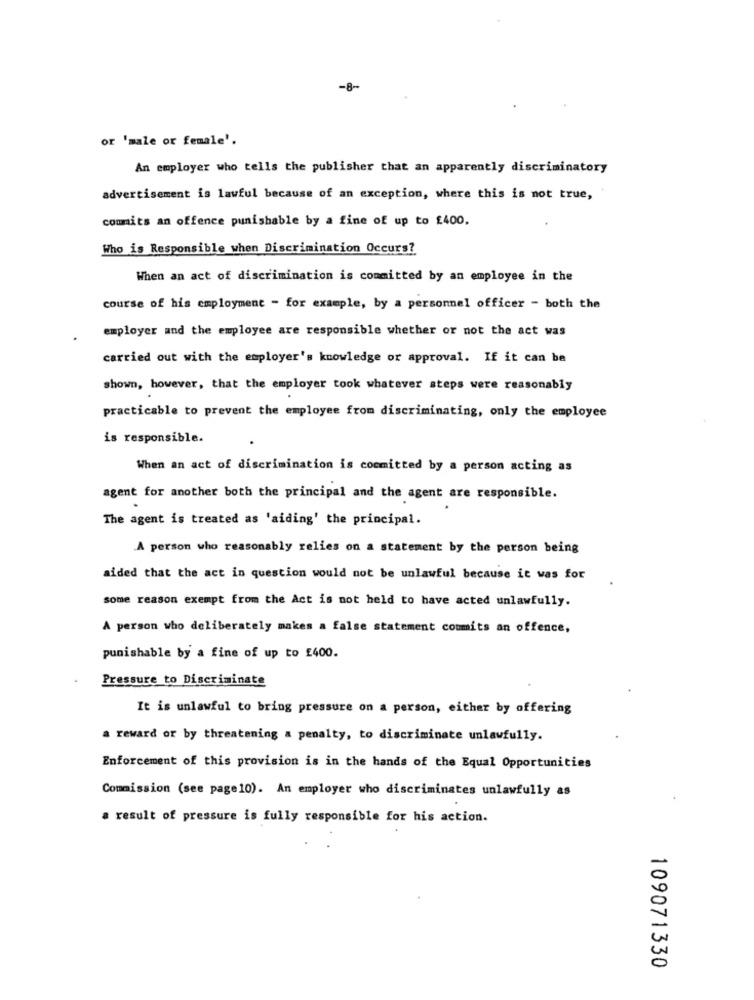
-8-
or 'male or female'.
An employer who tells the publisher that an apparently discriminatory
advertisement is lawful because of an exception, where this is not true,
commits an offence punishable by a fine of up to £400.
Who is Responsible when Discrimination Occurs?
When an act of discrimination is committed by an employee in the
course of his employment - for example, by a personnel officer - both the
employer and the employee are responsible whether or not the act was
carried out with the employer's knowledge or approval. If it can be
shown, however, that the employer took whatever steps were reasonably
practicable to prevent the employee from discriminating, only the employee
is responsible.
When an act of discrimination is committed by a person acting as
agent for another both the principal and the agent are responsible.
The agent is treated as 'aiding' the principal.
A person who reasonably relies on a statement by the person being
aided that the act in question would not be unlawful because it was for
some reason exempt from the Act is not held to have acted unlawfully.
A person who deliberately makes a false statement coumits an offence,
punishable by a fine of up to £400.
Pressure to Discriminate
It is unlawful to bring pressure on a person, either by offering
a reward or by threatening a penalty, to discriminate unlawfully.
Enforcement of this provision is in the hands of the Equal Opportunities
Commission (see page10). An employer who discriminates unlawfully as
a result of pressure is fully responsible for his action.
109071330